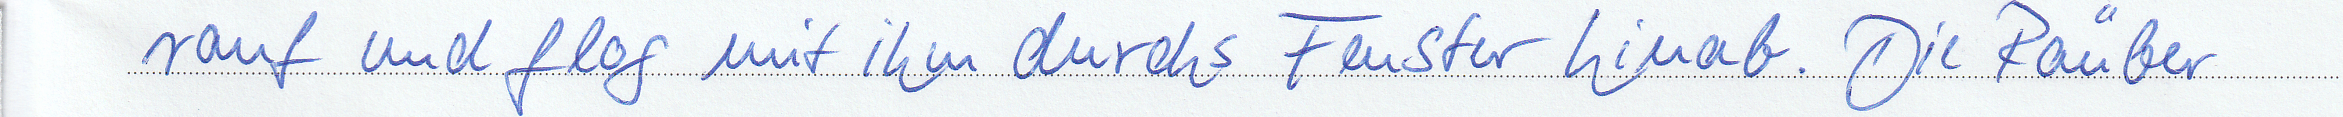
rauf und flog mit ihn durchs Fenster hinab. Die Räuber